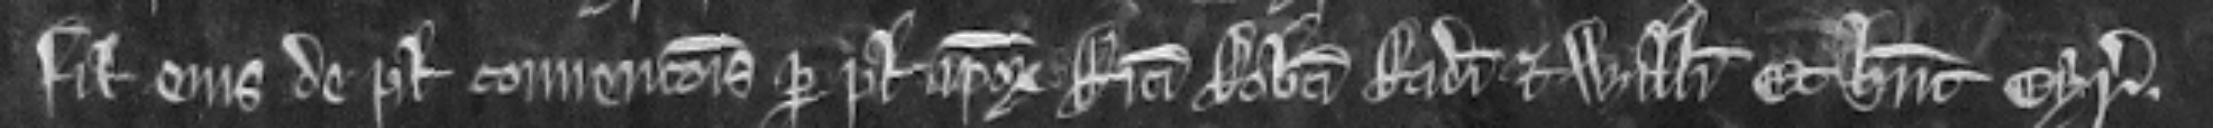
filiis ejus de placito convencionis per plegium ipsorum Ricardi Roberti Radulfi et Willelmi Et habent cyrographum.